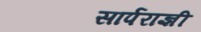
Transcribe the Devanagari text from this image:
सार्पराज्ञी